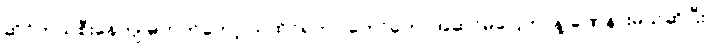
ဆိုင်ကယ်စီးနေကျ မဟုတ်တော့ သူထိုင်ရတာ တော်တော်အဆင်မပြေတာနဲ့ ခဏနားမယ်ဆိုပြီး